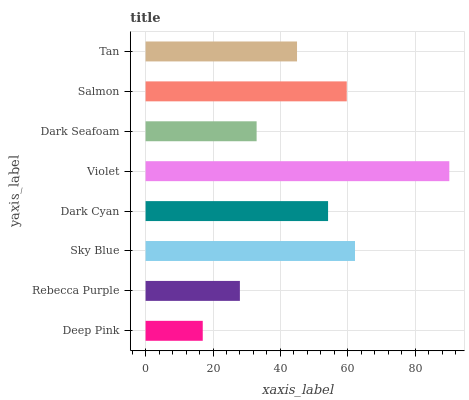
| yaxis_label | bars |
 | --- | --- |
 | Deep Pink | 17 |
 | Rebecca Purple | 28 |
 | Sky Blue | 62.1 |
 | Dark Cyan | 54.1 |
 | Violet | 90.1 |
 | Dark Seafoam | 32.9 |
 | Salmon | 59.7 |
 | Tan | 44.9 |